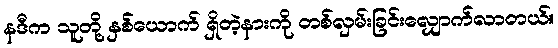
နဒီက သူတို့ နှစ်ယောက် ရှိတဲ့နားကို တစ်လှမ်းခြင်းလျှောက်လာတယ်။